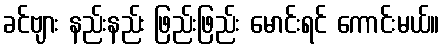
ခင်ဗျား နည်းနည်း ဖြည်းဖြည်း မောင်းရင် ကောင်းမယ်။